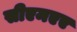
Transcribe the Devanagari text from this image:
सीएमएए